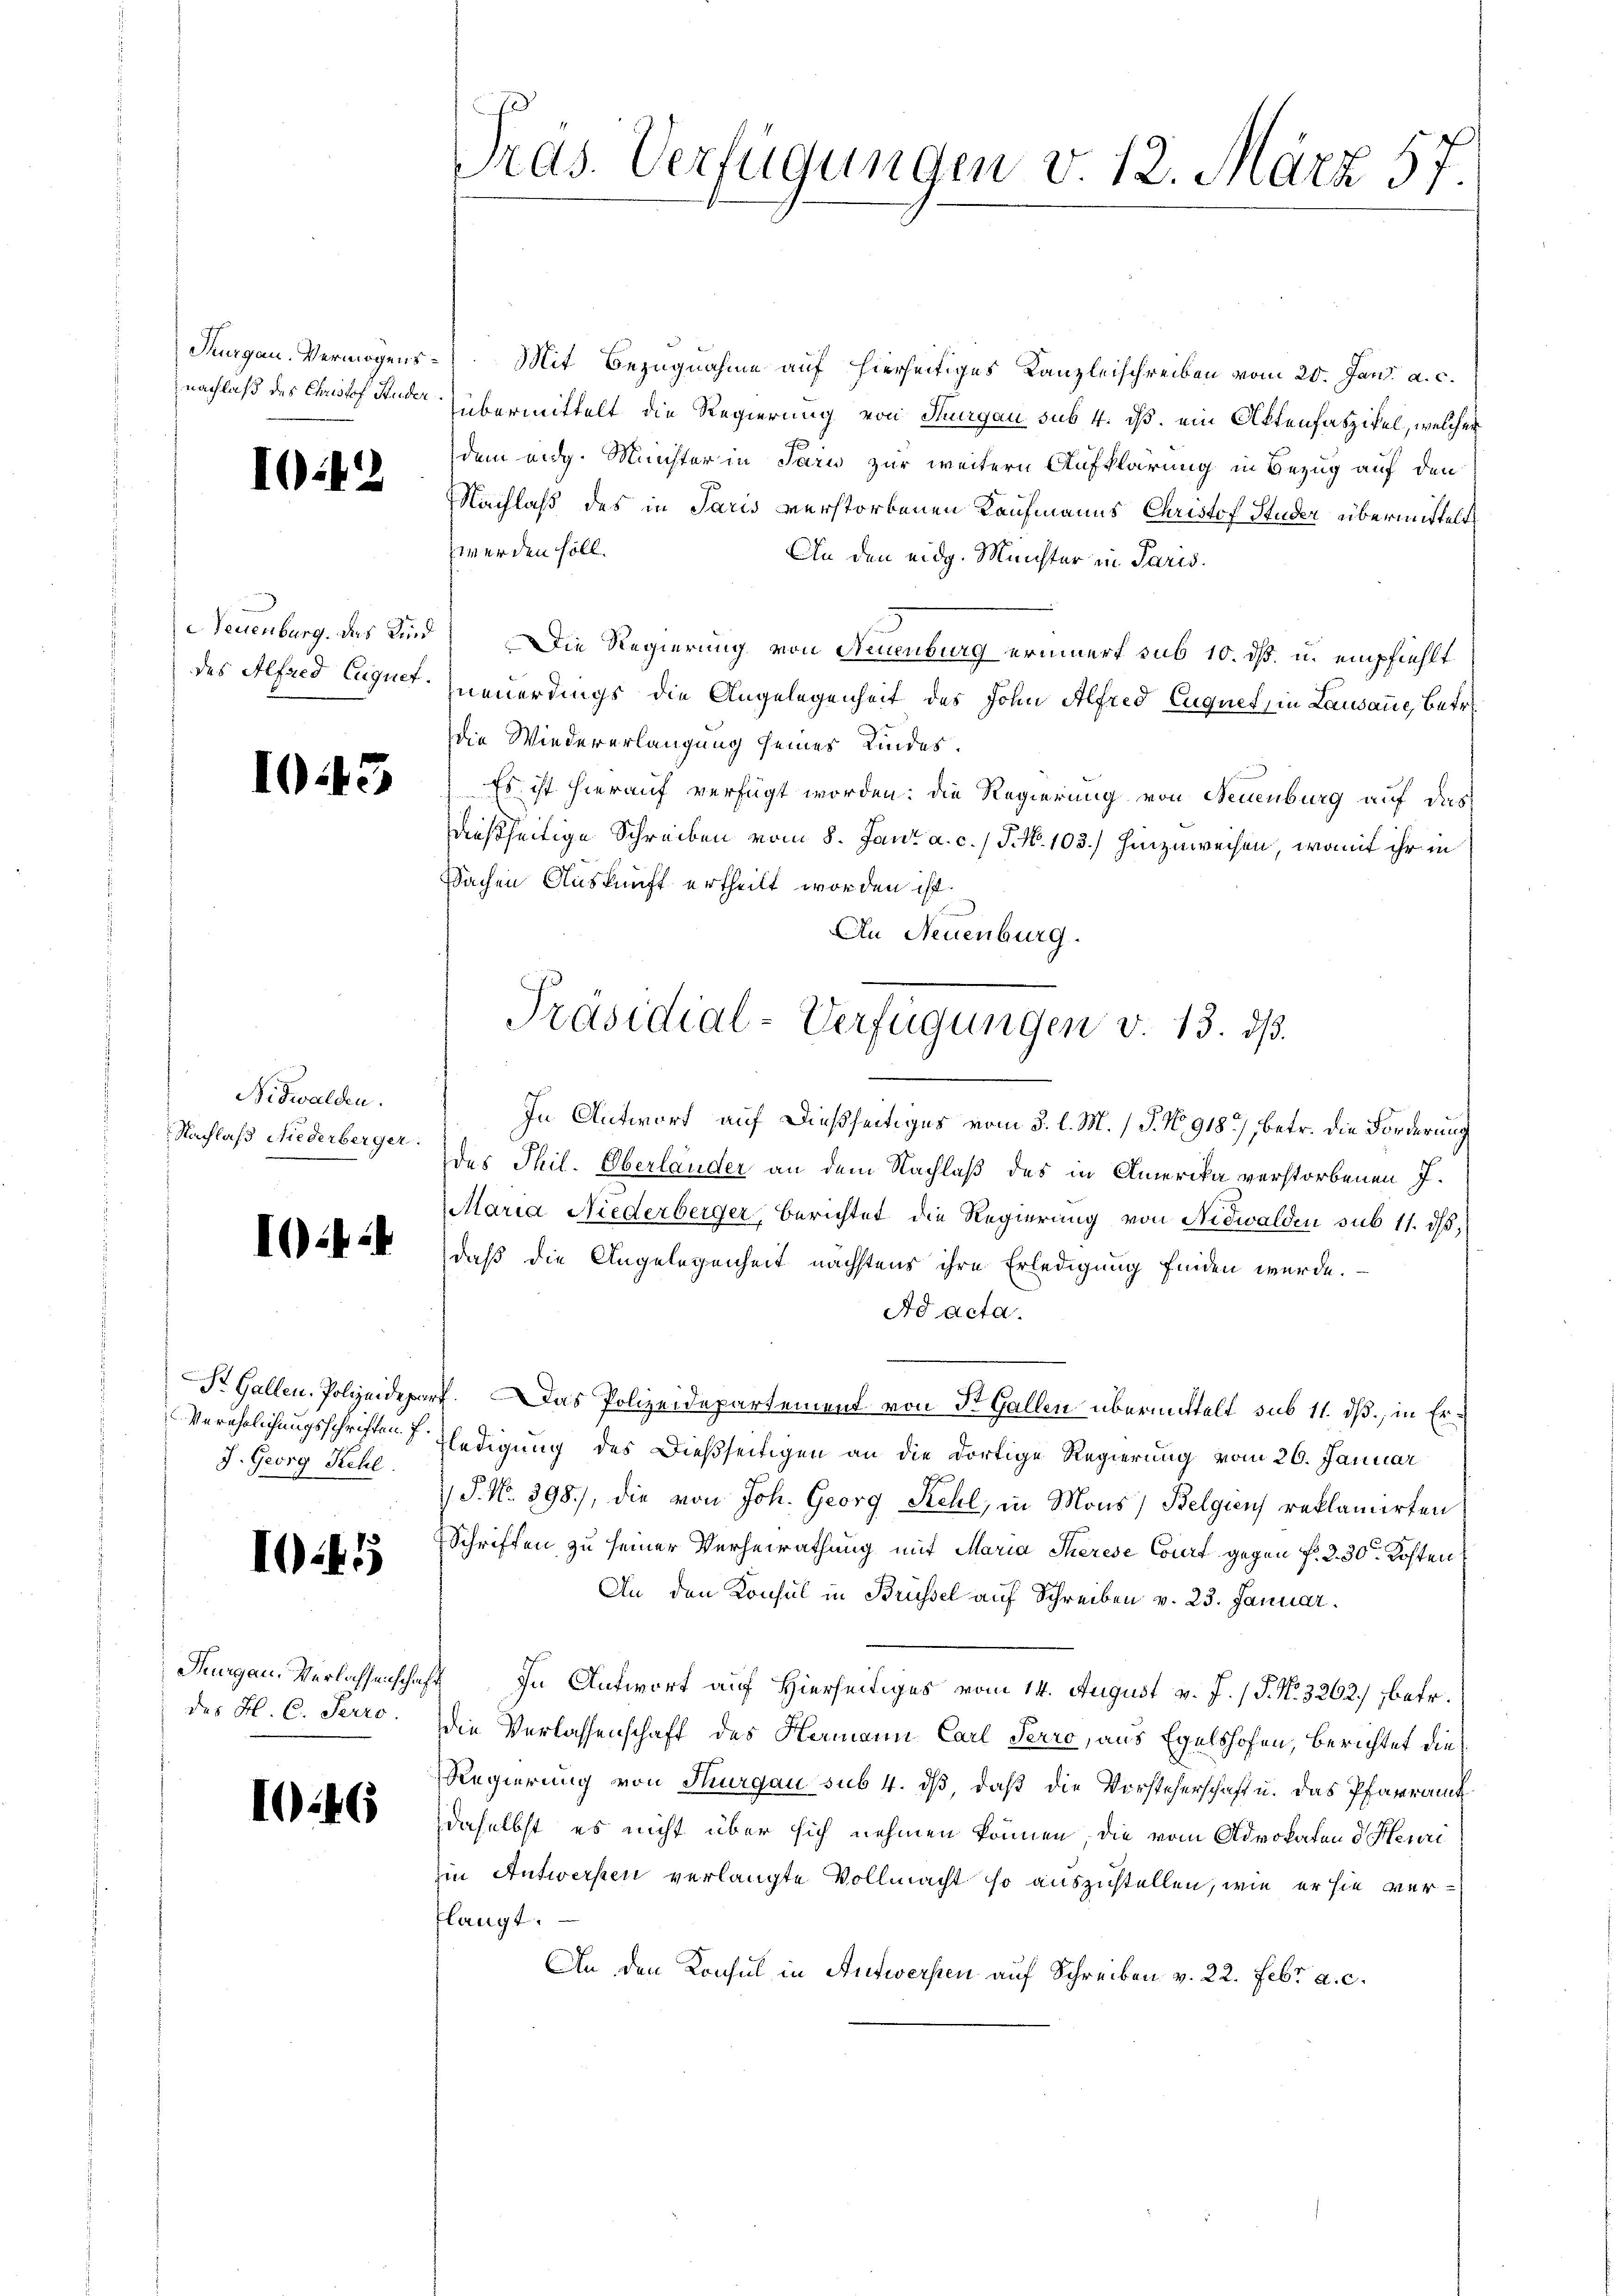
I

Neuenburg, das Kind
des Alfred Euquet.

.

Nidwalden.
Nachlaß Niederberger.

10

I45

3

¬

Verehelichungsschriften f.
J. Georg Kehl

Feurgau. Verlassenschaf
des Frl. C. Perro

146

Pras. Verfügungen v. 12. März 57.

Purgau. Vermögens Mit Bezugnahme auf hierseitiges Kanzleischreiben vom 20. Jan. a. c.
nachlaß des Christof Stude übermittelt die Regierung von Sungau sub 4. ds. ein Ottenfaszikel, welcher
dem eidg. Münster in Pari zur weitern Aufklärung in Bezug auf den
Nachlaß des in Paris verstorbenen Kaufmanns Christof Studer übermittelt
werden soll.
An den eidg. Meister in Paris.
d) Die Regierung von Neuenburg erinnert sub 10. dß. u. empfiehlt
neuerdings die Angelegenheit des John Alfred Euquet, in Lausanne, Betr
die Wiedererlangung seines Kindes.
Es ist hierauf verfügt worden; die Regierung von Neuenburg auf das
dießseitige Schreiben vom 8. Jani a. c. / P. Nr. 103.) hinzuweisen, womit ihr in
Wachen Auskunft ertheilt worden ist.
An Neuenburg.
In Antwort auf dießseitiges vom 3. l. M. P. No. 918, betr. die Forderung
des Phil. Oberlander an dem Nachlaß des in Amerika verstorbenen J.
Maria Niederberger, berichtet die Regierung von Nidwalden sub 11. ds,
daß die Angelegenheit nächstens ihre Erledigung finden würde.
Ad acta.
S. Gallen, Polizeidepart. Das Polizeidepartement von St. Gallen übermittelt sub 11. dß, in Erfledigung des dießseitigen an die dortige Regierung vom 26. Januar
 P. No. 398), die von Joh. Georg Stehl, in Mons) Belgien reklamirten
Schriften zu seiner Verheirathung mit Maria Therese Court gegen f. 2. 30. Kosten
An den Konsul in Brüssel auf Schreiben v. 23. Januar.
4 In Antwort auf Hierseitiges vom 14. August v. J. / P. N. 3262) betr.
die Verlassenschaft des Hermann Carl Terro, aus Egelshofen, berichtet die
Regierung von Thurgau sub 4. dβ, daß die Vorsteherschaft u. das Pfarramt
daselbst es nicht über sich nehmen können, die vom Advokaten d Heuri
in Antworfen verlangte Vollmacht so auszustellen, wie er sie verflangt.
An den Konsul in Aufwersten auf Schreiben v. 22. Febr. a. c.

Präsidial-Verfügungen v. 13. ds.